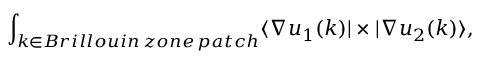
\int _ { k \in B r i l l o u i n \, z o n e \, p a t c h } \langle { \nabla u _ { 1 } ( k ) } | \times | \nabla u _ { 2 } ( k ) \rangle ,